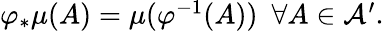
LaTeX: \begin{array}{r}{\varphi_{*}\mu(A)=\mu(\varphi^{-1}(A))~~\forall A\in\mathcal{A}^{\prime}.}\end{array}